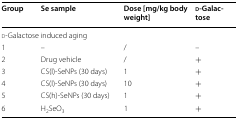
<table><thead><tr><td><b>Group</b></td><td><b>Se sample</b></td><td><b>Dose [mg/kg body weight]</b></td><td><b>d-Galactose</b></td></tr></thead><tbody><tr><td colspan="4">d-Galactose induced aging</td></tr><tr><td>1</td><td>–</td><td>/</td><td>–</td></tr><tr><td>2</td><td>Drug vehicle</td><td>/</td><td>+</td></tr><tr><td>3</td><td>CS(l)-SeNPs (30 days)</td><td>1</td><td>+</td></tr><tr><td>4</td><td>CS(l)-SeNPs (30 days)</td><td>10</td><td>+</td></tr><tr><td>5</td><td>CS(h)-SeNPs (30 days)</td><td>1</td><td>+</td></tr><tr><td>6</td><td>H<sub>2</sub>SeO<sub>3</sub></td><td>1</td><td>+</td></tr></tbody></table>